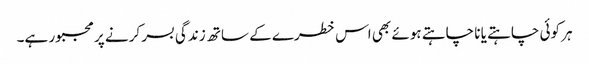
ہر کوئی چاہتے یا نا چاہتے ہوئے بھی اس خطرے کے ساتھ زندگی بسر کرنے پر مجبور ہے۔